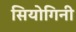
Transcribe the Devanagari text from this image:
सियोगिनी